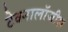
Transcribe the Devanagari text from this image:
टेक्नालॉजीस